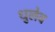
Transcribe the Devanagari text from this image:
धुलेव